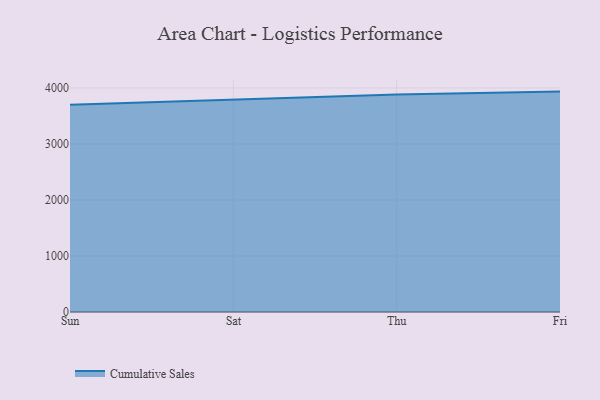
{"axis": {"x": "Day", "y": "Market Share (%)"}, "legend": ["Cumulative Sales"], "data": [{"x": "Sun", "y": 3701.1, "type": "Cumulative Sales"}, {"x": "Sat", "y": 3786.5, "type": "Cumulative Sales"}, {"x": "Thu", "y": 3882.1, "type": "Cumulative Sales"}, {"x": "Fri", "y": 3934.5, "type": "Cumulative Sales"}]}